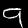
Digit: 9